Report on the administration of the Government Cinchona Department 1892-98
Year: 1892
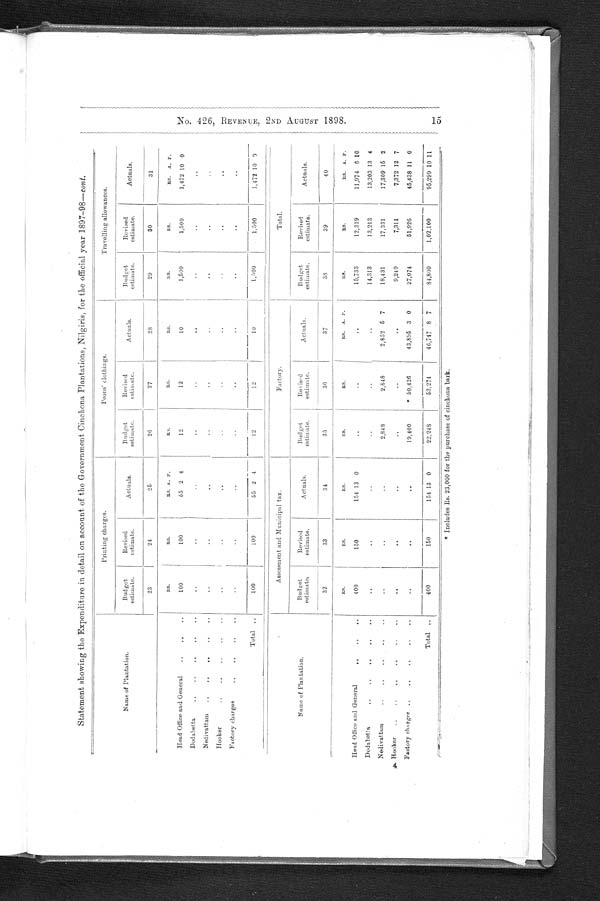
No. 426, REVENUE, 2ND AUGUST 1898. 15
Statement showing the Expenditure in detail on account of the Government Cinchona Plantations, Nilgiris, for the official year 1897-98— cont.
Name of Plantation.
Printing charges.
Peons' clothings.
Travelling allowances.
Budget
estimate.
Revised
estimate.
Actuals.
Budget
estimate.
Revised
estimate.
A c t u a l s .
Budget
estimate.
Revised
estimate.
Actuals.
23
24
25
26
27
28
29
30
31
Head Office and General
..
.. ..
R
S .
RS.
RS. A. P.
RS.
RS.
RS.
RS.
RS.
RS. A P.
100
100
55 2 4
1 2
12
10
1,500
1,500
1,472 10 0
Dodabetta
..
..
..
..
. .
. .
. .
. .
. .
. .
. .
. .
..
Nedivattam..
..
..
..
..
. .
. .
. .
. .
. .
..
. .
. .
..
Hooker..
..
..
..
..
..
. .
. .
. .
. .
. .
. .
..
Factory charges ..
..
..
..
..
. .
..
. .
. .
. .
..
..
..
..
Total
100
100
55 2 4
12
12
10
1,500
1,500
1,472 10
0
Name of Pl ant at i on.
Assessment and Municipal tax.
Factory.
Total.
Budget
estimate.
Revised
estimate.
Actuals.
Budget
estimate.
Revised
estimate.
Act ual s.
Budget
estimate.
Revised
estimate.
Actnals.
32
33
34
3 5
36
37
38
39
40
Head Office and General .. .. .. ..
RS.
RS.
RS.
RS.
RS.
RS. A. P.
R S .
RS.
RS. A. P.
400
150
154 13 0
. .
. .
..
15,733
12,319
11,974 6 10
Dodabetta
..
..
..
..
. .
..
..
. .
. .
..
14,313
13,213
13,203 18 4
Nelivattam ..
..
..
..
. .
..
..
2, 848
2,848
2,852 5 7
18,431
17,331
17,309 15 2
Hooker ..
..
..
.. .. ..
. .
. .
..
. .
..
..
9,249
7,311
7,372 12 7
Factory charges ..
..
..
.. .. ..
. .
..
..
19,400
50,426
43,895 3 0
27,074
51,926
45,438 11 0
Total ..
400
150
154 13
0
22,248
53.274
46,747 8 7
84,800
1,02,100
95,299 10 11
* Includes Rs. 23,000 for the purchase of cinchona. barn.